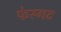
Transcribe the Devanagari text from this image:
फेस्गट